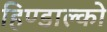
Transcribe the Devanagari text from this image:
हिण्डाल्को